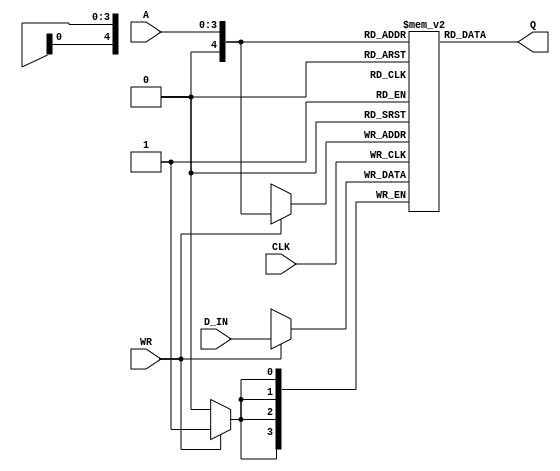
module Data_Memory(CLK,WR,A,D_IN,Q);
input CLK, WR;
input [3:0] A;
input [3:0] D_IN;
output [3:0] Q;

// write your code for reading/writing
reg [3:0] SRAM [16:0];
always @(posedge CLK) begin
	if(WR) SRAM[A] = D_IN;
end
assign Q = SRAM[A];
endmodule